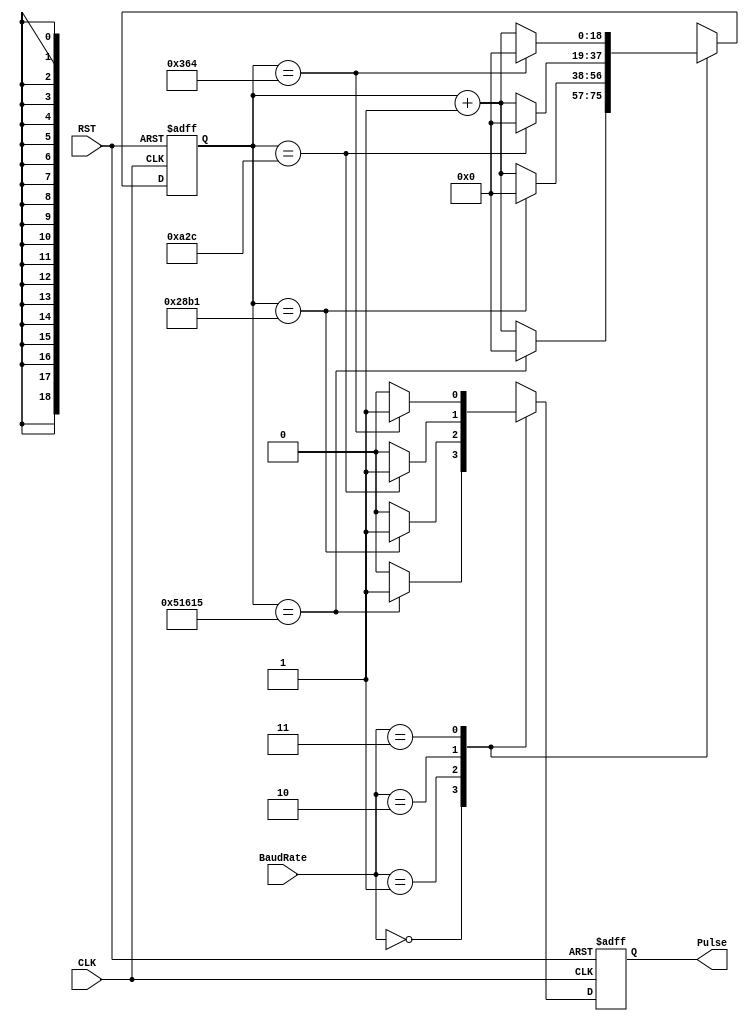
module BaudGeneratorTx(CLK, RST, BaudRate, Pulse);
    input CLK;
    input RST;
    input[1:0] BaudRate;
    output reg Pulse;
    
    reg[18:0] Counter; //19 bits needed to count to 333333

    //00 - 300 Baud     - 100MHz clock, count to 333333
    //01 - 9600 Baud    - count to 10417
    //10 - 38400 Baud   - count to 2604
    //11 - 115200 Baud  - count to 868
    always @ (posedge CLK or posedge RST) begin
        if(RST) begin
            Pulse <= 1'b0;
            Counter <= 19'b0;
        end else begin
            case(BaudRate)
                2'b00: begin
                    Counter <= Counter + 19'b1;
                    if(Counter == 19'd333333) begin
                        Pulse <= 1'b1;
                        Counter <= 19'b0;
                    end else begin
                        Pulse <= 1'b0;
                    end
                end
                2'b01: begin
                    Counter <= Counter + 19'b1;
                    if(Counter == 19'd10417) begin
                        Pulse <= 1'b1;
                        Counter <= 19'b0;
                    end else begin
                        Pulse <= 1'b0;
                    end
                end
                2'b10: begin
                    Counter <= Counter + 19'b1;
                    if(Counter == 19'd2604) begin
                        Pulse <= 1'b1;
                        Counter <= 19'b0;
                    end else begin
                        Pulse <= 1'b0;
                    end
                end
                2'b11: begin
                    Counter <= Counter + 19'b1;
                    if(Counter == 19'd868) begin
                        Pulse <= 1'b1;
                        Counter <= 19'b0;
                    end else begin
                        Pulse <= 1'b0;
                    end
                end
            endcase
        end
    end
endmodule